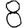
Digit: 8